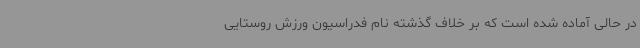
در حالی آماده شده است که بر خلاف گذشته نام فدراسیون‌ ورزش روستایی